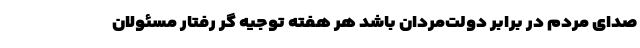
صدای مردم در برابر دولت‌مردان باشد هر هفته توجیه گر رفتار مسئولان